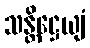
သန္တိဋ္ဌေယျံ